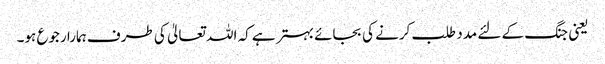
یعنی جنگ کے لئے مدد طلب کرنے کی بجائے بہتر ہے کہ اللہ تعالیٰ کی طرف ہمارا رجوع ہو۔